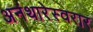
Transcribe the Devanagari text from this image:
अनंथारेस्वरार